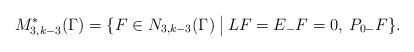
LaTeX: \begin{align*} M^*_{3,k-3}(\Gamma)=\{F\in N_{3,k-3}(\Gamma)\:\big|\:LF=E_-F=0,\:P_{0-}F\}.\end{align*}